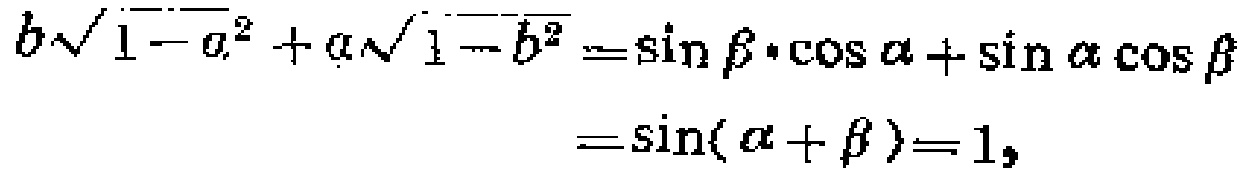
\[
\begin{align*}
b\sqrt{1 - a^{2}}+a\sqrt{1 - b^{2}}&=\sin\beta\cdot\cos\alpha+\sin\alpha\cos\beta\\
&=\sin(\alpha + \beta)=1,
\end{align*}
\]